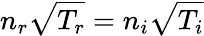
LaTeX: n_{r}\sqrt{T_{r}}=n_{i}\sqrt{T_{i}}